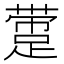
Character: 𰸛